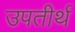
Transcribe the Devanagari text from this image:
उपतीर्थ